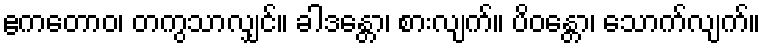
ဧကတောဝ၊ တကွသာလျှင်။ ခါဒန္တော၊ စားလျက်။ ပိဝန္တော၊ သောက်လျက်။